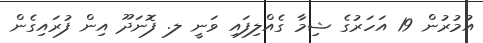
އުމުރުން 19 އަހަރުގެ ޝިމާ ގެއްލިފައި ވަނީ ލ. ފޮނަދޫ އިން ފުރައިގެން